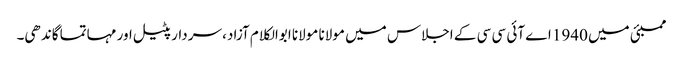
ممبئی میں 1940 اے آئی سی سی کے اجلاس میں مولانا مولانا ابوالکلام آزاد، سردارپٹیل اور مہاتما گاندھی۔